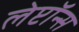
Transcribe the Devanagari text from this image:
लेप्टॉन्स